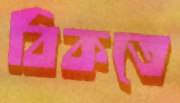
বিকতে